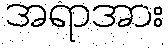
အရာအား